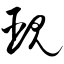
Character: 觋